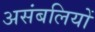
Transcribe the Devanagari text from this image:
असंबलियों